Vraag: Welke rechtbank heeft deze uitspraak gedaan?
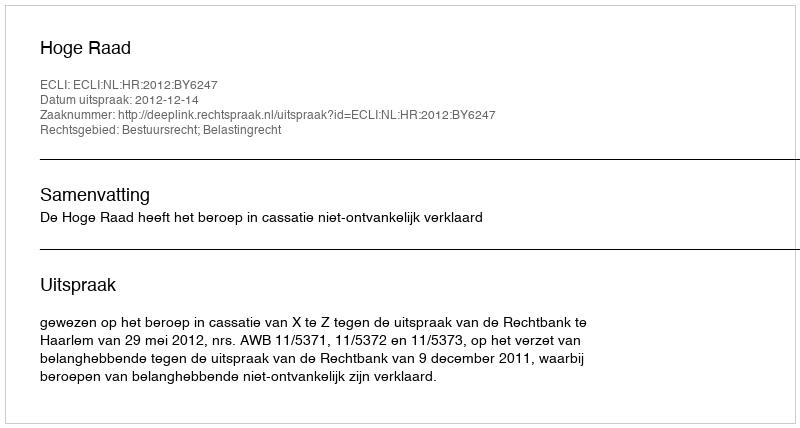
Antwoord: Hoge Raad